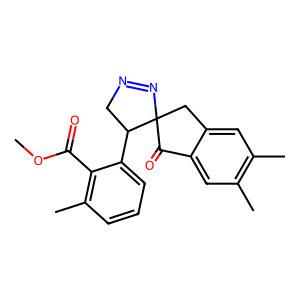
SMILES: COC(=O)c1c(C)cccc1C1CN=NC12Cc1cc(C)c(C)cc1C2=O
Inhibits HIV replication: No